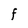
Character: F